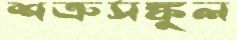
শত্রুসঙ্কুল